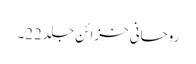
روحانی خزائن جلد 22۔